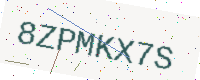
Text: 8ZPMKX7S